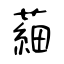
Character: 𦹀